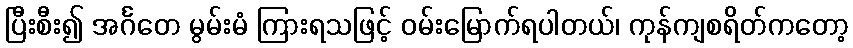
ပြီးစီး၍ အင်္ဂတေ မွမ်းမံ ကြားရသဖြင့် ဝမ်းမြောက်ရပါတယ်၊ ကုန်ကျစရိတ်ကတော့